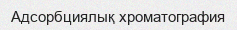
Адсорбциялық хроматография